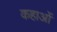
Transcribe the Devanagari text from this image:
कहाओं